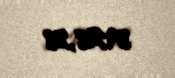
39218,28